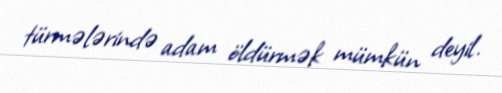
türmələrində adam öldürmək mümkün deyil.